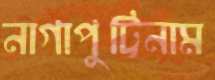
নাগাপুট্টিনাম